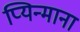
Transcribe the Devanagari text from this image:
प्यिन्माना